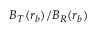
B _ { T } ( r _ { b } ) / B _ { R } ( r _ { b } )